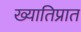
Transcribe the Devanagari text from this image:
ख्यातिप्रात